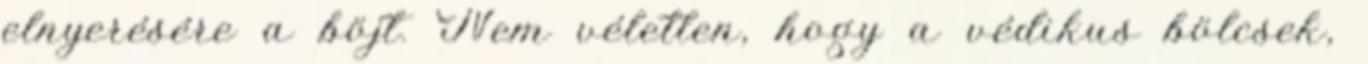
elnyerésére a böjt. Nem véletlen, hogy a védikus bölcsek,